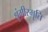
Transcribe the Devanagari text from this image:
श्रृंगीस्मृति